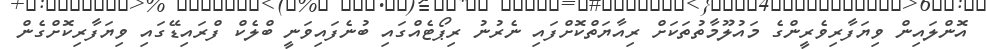
އޮންލައިން ވިޔަފާރިވެރީންގެ މައުލޫމާތުތަކަށް ރިއާޔަތްކޮށްފައި ނެރުނު ރިޕޯޓެއްގައި ބުނެފައިވަނީ ބްލެކް ފްރައިޑޭގައި ވިޔަފާރިކޮށްގެން